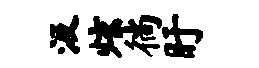
汲炫徜盱